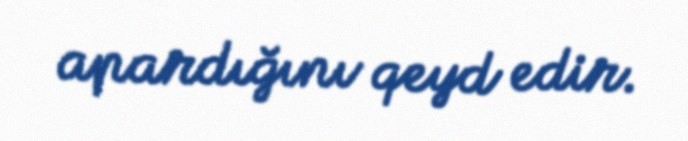
apardığını qeyd edir.